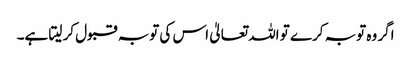
اگر وہ توبہ کرے تو اللہ تعالیٰ اس کی توبہ قبول کر لیتا ہے۔